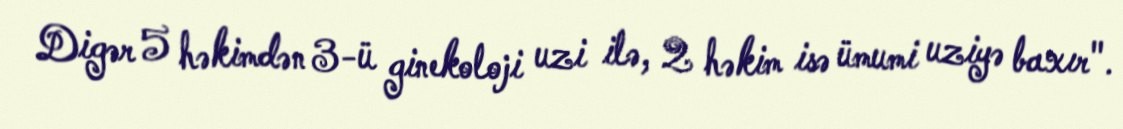
Digər 5 həkimdən 3-ü ginekoloji uzi ilə, 2 həkim isə ümumi uziyə baxır".